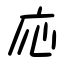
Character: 応